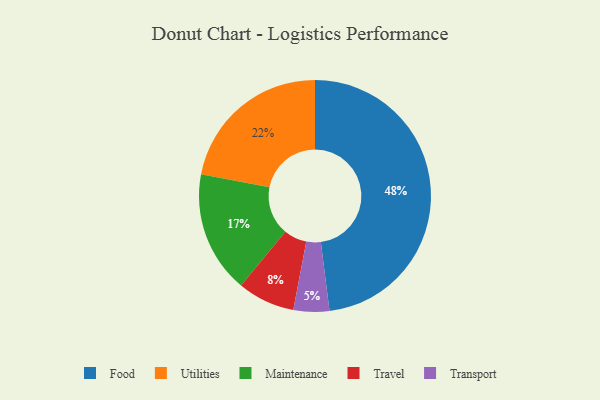
{"axis": {"x": "Category", "y": "Percentage"}, "legend": ["Food", "Maintenance", "Transport", "Travel", "Utilities"], "data": [{"x": "Travel", "y": 8, "type": "Travel"}, {"x": "Transport", "y": 5, "type": "Transport"}, {"x": "Maintenance", "y": 17, "type": "Maintenance"}, {"x": "Utilities", "y": 22, "type": "Utilities"}, {"x": "Food", "y": 48, "type": "Food"}]}